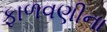
ફાળવણીના